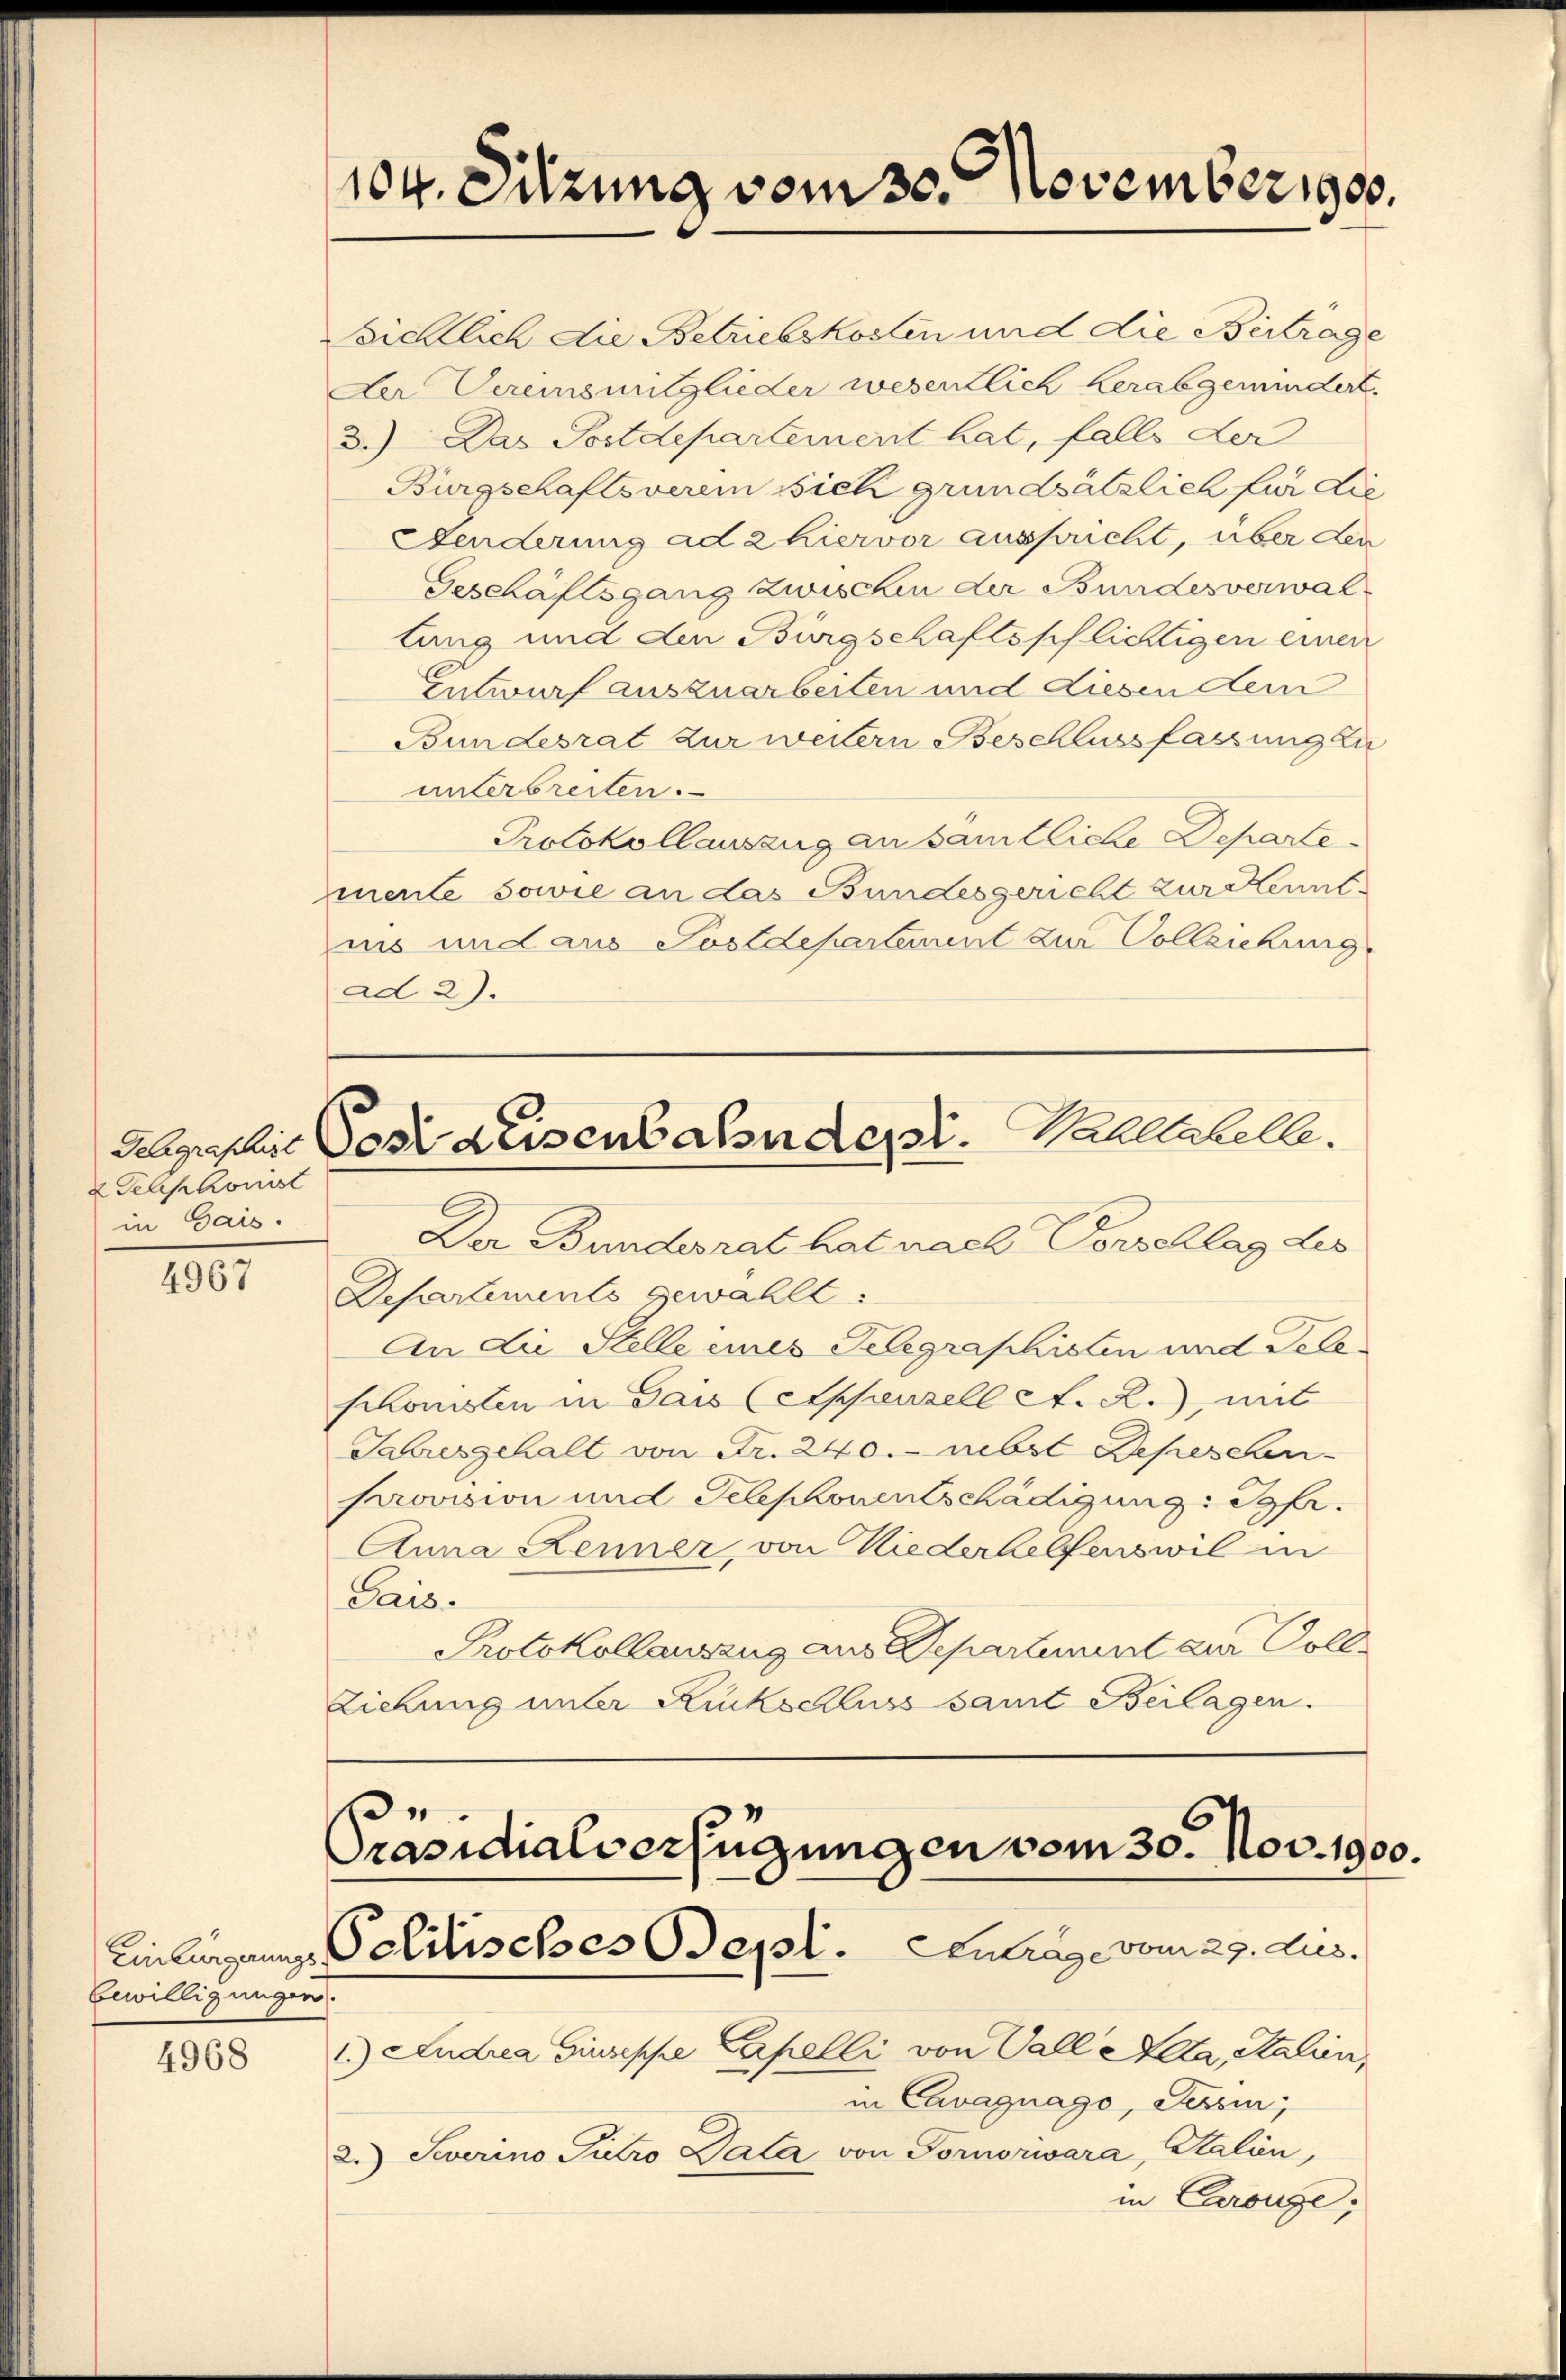
2 Telephonist
in Gais.

4967

4968

Bewilligungen.

ad 2).

104. Sitzung vom 30. November 1900.

sichtlich die Betriebskosten und die Beitrage
Der Vereinsmitglieder wesentlich herabgemindert
3.) Das Postdepartement hat, falls der
Burgschaftsverein sich grundsätzlich für die
Fenderung ad 2 hiervor ausspricht, über den
Geschäftsgang zwischen der Bundesverwallung und den Bürgschaftsschlichtigen einen
Entwurf auszuarbeiten und diesen dem
Bundesrat zur weitern Beschlussfassung zu
unterbreiten.
Protokollauszug an sämtliche Departemente sowie an das Bundesgericht zur Kennt
nis und aus Sostdepartement zur Colleichung
Gelegraphie des Reisenbahndepr. Walltabelle.
Der Bundesrat hat nach Vorschlag des
Departements gewählt:
An die Stelle eines Telegraphisten und Teleschonisten in Gais (Appenzell A. R., mit
Jahresgehalt von Fr. 240. nebst Depes Lan
Provision und Telephonentschädigung: Jgfr.
Anna Kenner, von Niederhelfens wil in
Sais.
Protokollauszug aus Departement zur Voll
Ziehung unter Ruckschluss samt Beilagen.

Präsidialverfügungen vom 30. Nov. 1900.
Einlagen Politisches Sept. Eintrag/Antrag vom 27. dus.

1.) Andrea Giuseppe Capelli von Vall da, Stalien,
in Cavagnago, Persin;
2.) Severino Pietro Pala von Tornorwara, Salien,
in Crouge;